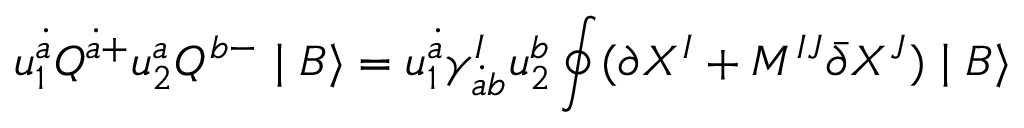
u _ { 1 } ^ { \dot { a } } Q ^ { \dot { a } + } u _ { 2 } ^ { a } Q ^ { b - } \mid B \rangle = u _ { 1 } ^ { \dot { a } } \gamma _ { \dot { a } b } ^ { I } u _ { 2 } ^ { b } \oint ( \partial X ^ { I } + M ^ { I J } \bar { \partial } X ^ { J } ) \mid B \rangle